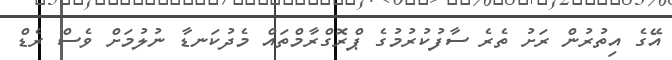
އޭގެ އިތުރުން ރަށު ތެރެ ސާފުކުރުމުގެ ޕްރޮގްރާމްތައް މެދުކަނޑާ ނުލުމަށް ވެސް ރެޑް